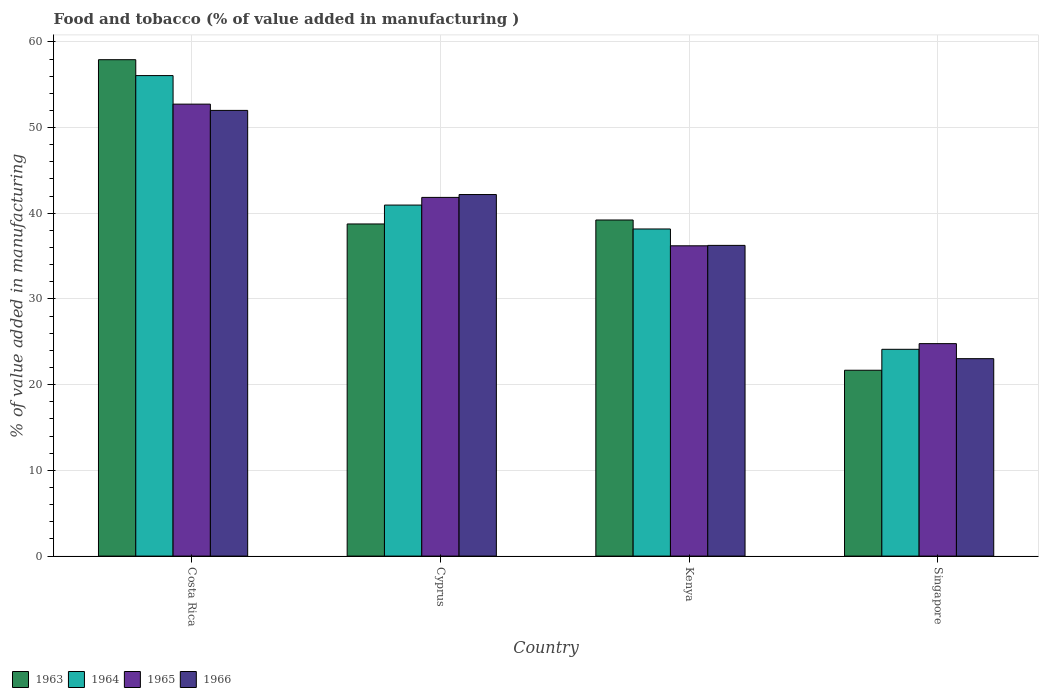
| Country | 1963 | 1964 | 1965 | 1966 |
 | --- | --- | --- | --- | --- |
 | Costa Rica | 57.9 | 56.1 | 52.7 | 52 |
 | Cyprus | 38.8 | 41 | 41.9 | 42.2 |
 | Kenya | 39.2 | 38.2 | 36.2 | 36.3 |
 | Singapore | 21.7 | 24.1 | 24.8 | 23 |